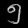
Digit: ၅